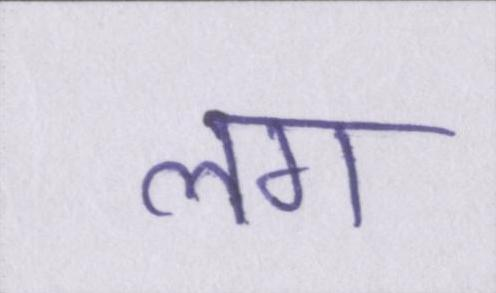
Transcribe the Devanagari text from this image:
लग